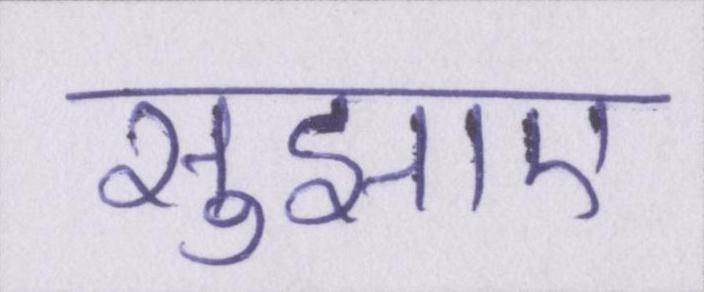
सुझाए